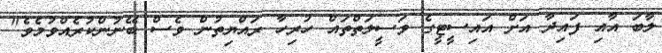
ލާބަ އާއި ފައިދާ އަށް އައިސީޓީގެ ވަސީލަތްތައް ހުރިހާ ރައްޔިތުން ވެސް ބޭނުންކުރެއްވުމެވެ"